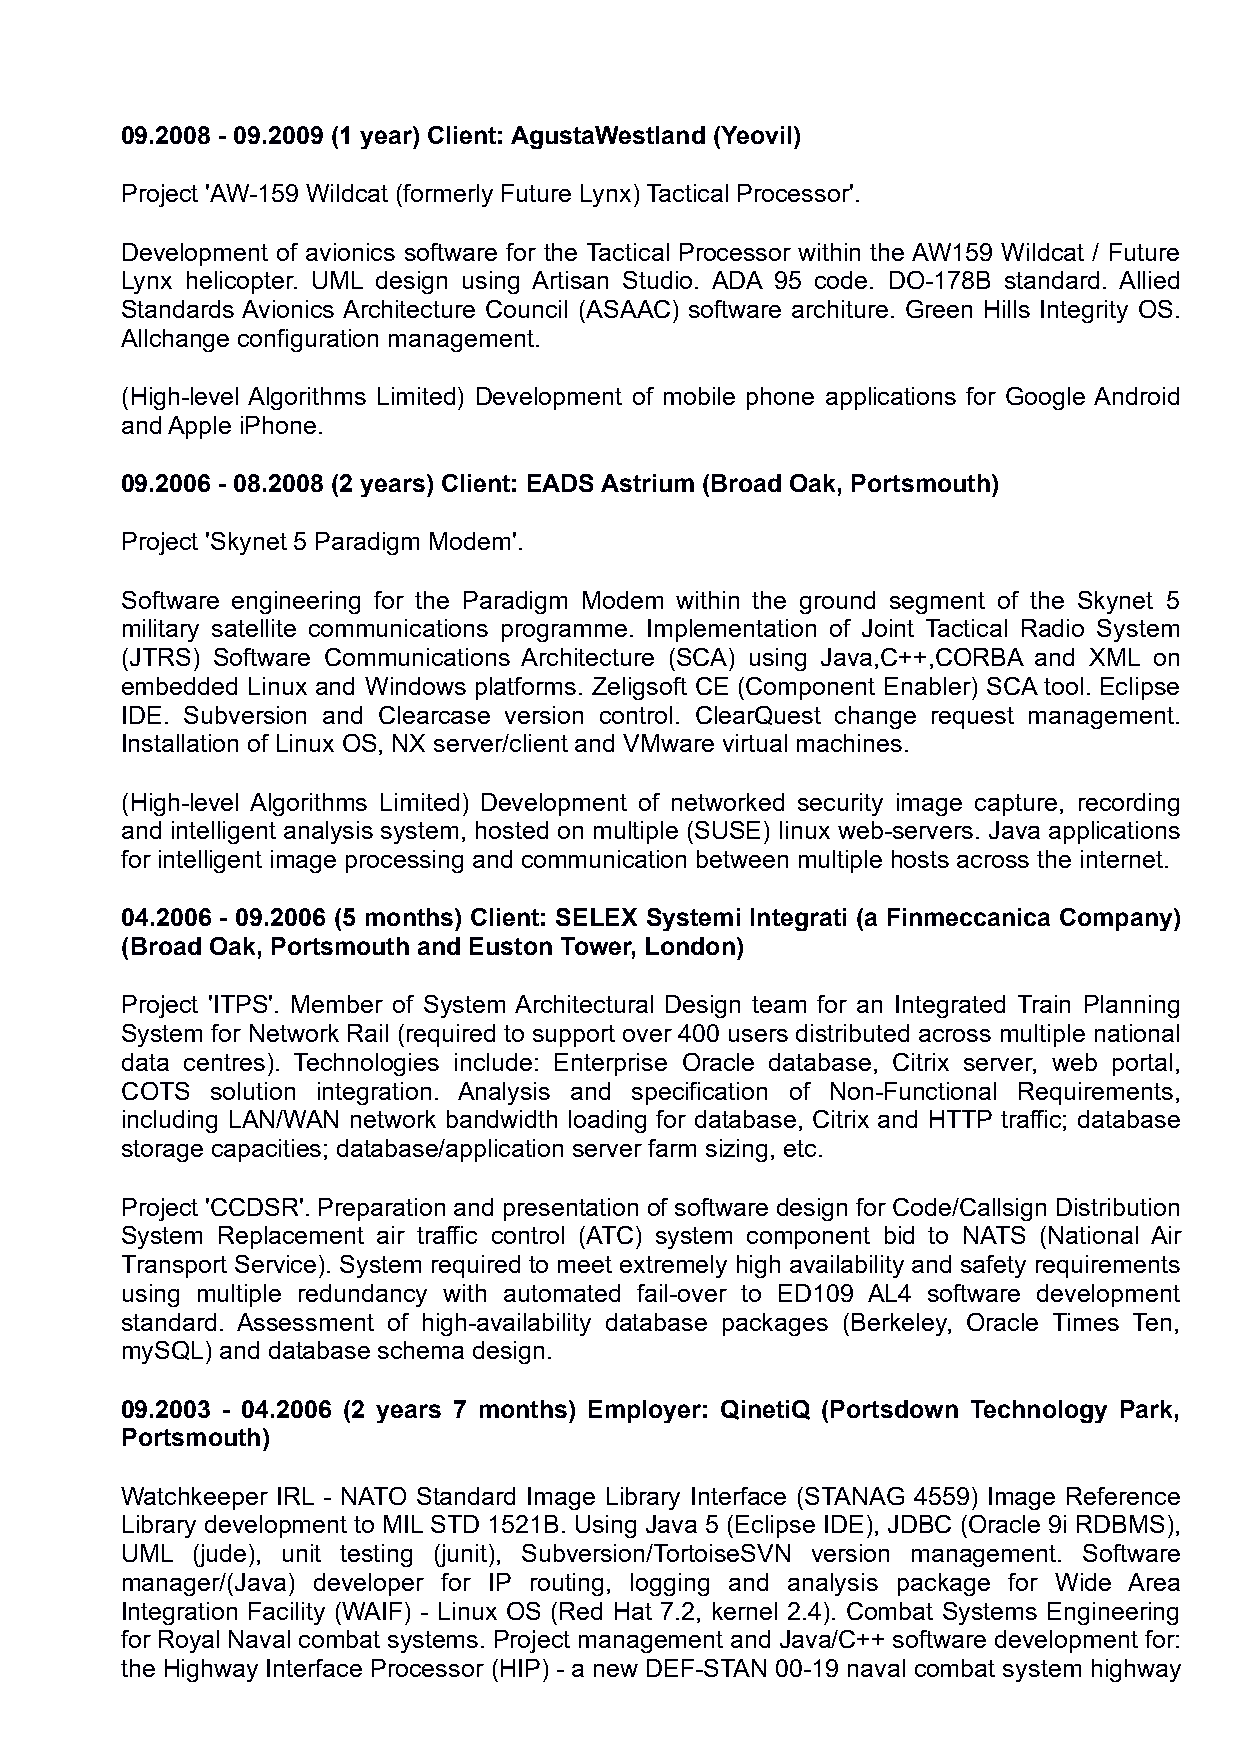
09.2008 - 09.2009 (1 year) Client: AgustaWestland (Yeovil)
 Project 'AW-159 Wildcat (formerly Future Lynx) Tactical Processor'.
 Development of avionics software for the Tactical Processor within the AW159 Wildcat / Future
 Lynx helicopter. UML design using Artisan Studio. ADA 95 code. DO-178B standard. Allied
 Standards Avionics Architecture Council (ASAAC) software architure. Green Hills Integrity OS.
 Allchange configuration management.
 (High-level Algorithms Limited) Development of mobile phone applications for Google Android
 and Apple iPhone.
 09.2006 - 08.2008 (2 years) Client: EADS Astrium (Broad Oak, Portsmouth)
 Project 'Skynet 5 Paradigm Modem'.
 Software engineering for the Paradigm Modem within the ground segment of the Skynet 5
 military satellite communications programme. Implementation of Joint Tactical Radio System
 (JTRS) Software Communications Architecture (SCA) using Java,C++,CORBA and XML on
 embedded Linux and Windows platforms. Zeligsoft CE (Component Enabler) SCA tool. Eclipse
 IDE. Subversion and Clearcase version control. ClearQuest change request management.
 Installation of Linux OS, NX server/client and VMware virtual machines.
 (High-level Algorithms Limited) Development of networked security image capture, recording
 and intelligent analysis system, hosted on multiple (SUSE) linux web-servers. Java applications
 for intelligent image processing and communication between multiple hosts across the internet.
 04.2006 - 09.2006 (5 months) Client: SELEX Systemi Integrati (a Finmeccanica Company)
 (Broad Oak, Portsmouth and Euston Tower, London)
 Project 'ITPS'. Member of System Architectural Design team for an Integrated Train Planning
 System for Network Rail (required to support over 400 users distributed across multiple national
 data centres). Technologies include: Enterprise Oracle database, Citrix server, web portal,
 COTS  solution integration. Analysis and specification of Non-Functional Requirements,
 including LAN/WAN network bandwidth loading for database, Citrix and HTTP traffic; database
 storage capacities; database/application server farm sizing, etc.
 Project 'CCDSR'. Preparation and presentation of software design for Code/Callsign Distribution
 System Replacement air traffic control (ATC) system component bid to NATS (National Air
 Transport Service). System required to meet extremely high availability and safety requirements
 using multiple redundancy with automated fail-over to ED109 AL4 software development
 standard. Assessment of high-availability database packages (Berkeley, Oracle Times Ten,
 mySQL) and database schema design.
 09.2003 - 04.2006 (2 years 7 months) Employer: QinetiQ (Portsdown Technology Park,
 Portsmouth)
 Watchkeeper IRL - NATO Standard Image Library Interface (STANAG 4559) Image Reference
 Library development to MIL STD 1521B. Using Java 5 (Eclipse IDE), JDBC (Oracle 9i RDBMS),
 UML  (jude), unit testing (junit), Subversion/TortoiseSVN version management. Software
 manager/(Java) developer for IP routing, logging and analysis package for Wide Area
 Integration Facility (WAIF) - Linux OS (Red Hat 7.2, kernel 2.4). Combat Systems Engineering
 for Royal Naval combat systems. Project management and Java/C++ software development for:
 the Highway Interface Processor (HIP) - a new DEF-STAN 00-19 naval combat system highway